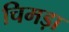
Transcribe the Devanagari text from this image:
चिमड़ा